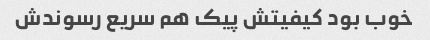
خوب بود کیفیتش پیک هم سریع رسوندش